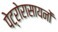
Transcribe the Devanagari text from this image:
पेट्रोरासायनों